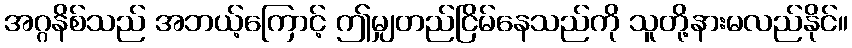
အဂ္ဂနိစ်သည် အဘယ့်ကြောင့် ဤမျှတည်ငြိမ်နေသည်ကို သူတို့နားမလည်နိုင်။